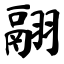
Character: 翮